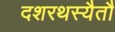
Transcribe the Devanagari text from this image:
दशरथस्यैतौ